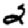
Digit: 2